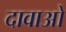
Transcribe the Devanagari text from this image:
दावाओ